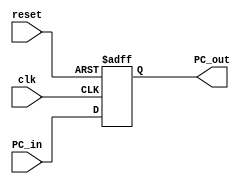
module Program_Counter
  (
    input clk,
    input reset,
    input [63:0] PC_in,
    output reg [63:0] PC_out
  );
  initial
    PC_out = 64'd0;
  
  always@(posedge reset or posedge clk)
    if (reset == 1'b1)
      begin
        PC_out = 64'd0;
      end
    else
      begin
        PC_out = PC_in;
      end
      
endmodule